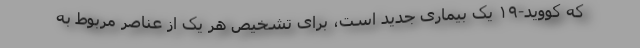
که کووید-۱۹ یک بیماری جدید است، برای تشخیص هر یک از عناصر مربوط به